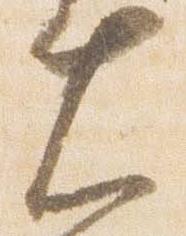
大